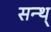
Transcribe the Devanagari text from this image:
सन्थ्